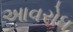
આવરોધ